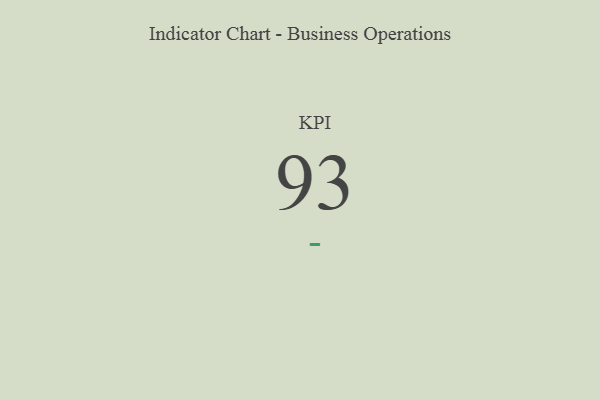
{"axis": {"x": "KPI", "y": "Value"}, "legend": [""], "data": [{"x": "KPI", "y": 93, "type": ""}]}